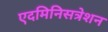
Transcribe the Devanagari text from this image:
एदमिनिसत्रेशन